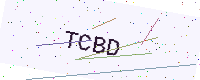
Text: TCBD